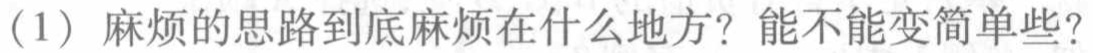
(1) 麻烦的思路到底麻烦在什么地方？能不能变简单些？